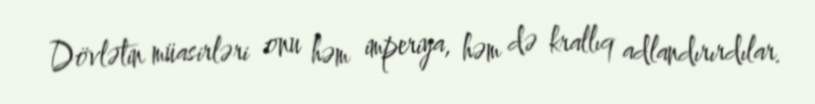
Dövlətin müasirləri onu həm imperiya, həm də krallıq adlandırırdılar.